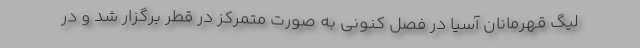
لیگ قهرمانان آسیا در فصل کنونی به صورت متمرکز در قطر برگزار شد و در